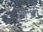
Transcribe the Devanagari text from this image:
छानलें